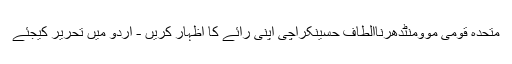
متحدہ قومی موومنٹدھرناالطاف حسینکراچی اپنی رائے کا اظہار کریں - اُردو میں تحریر کیجئے